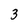
Character: 3